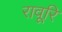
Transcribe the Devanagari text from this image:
रावूरि